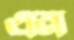
এন